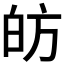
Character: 𭽍